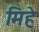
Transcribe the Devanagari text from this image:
मिहे